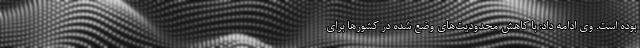
بوده است. وی ادامه داد: با کاهش محدودیت‌های وضع شده در کشور‌ها برای